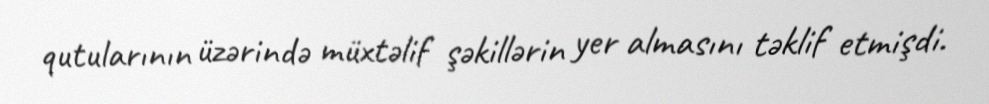
qutularının üzərində müxtəlif şəkillərin yer almasını təklif etmişdi.